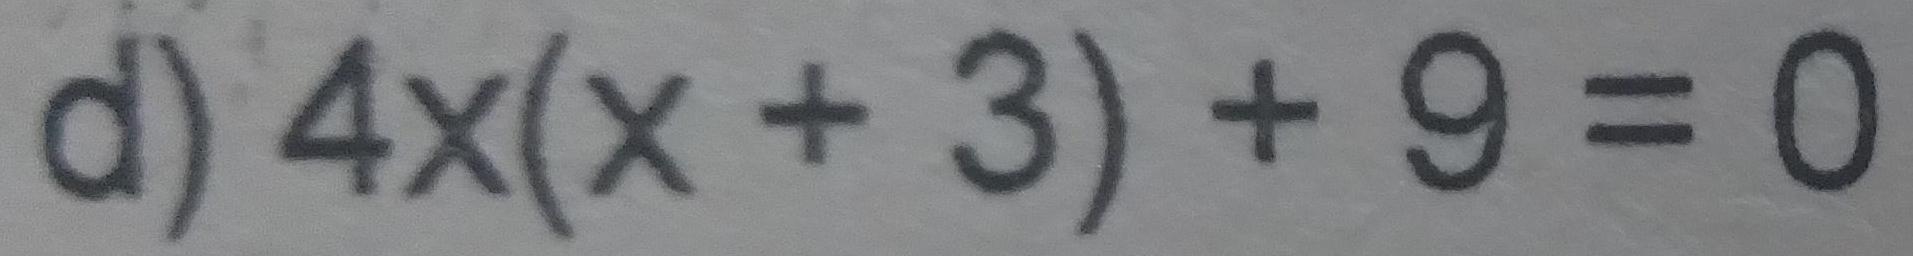
d) $4x(x + 3) + 9 = 0$